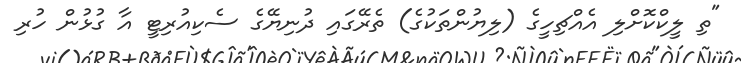
"ތި ލީކްކޮށްލި އެއްޗިހީގެ (ލިޔުންތަކުގެ) ތެރޭގައި ދުނިޔޭގެ ސެކިއުރިޓީ އާ ގުޅުން ހުރި